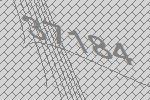
37184